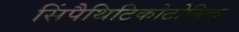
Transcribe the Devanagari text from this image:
सिंपैथिटिकोटोनिक